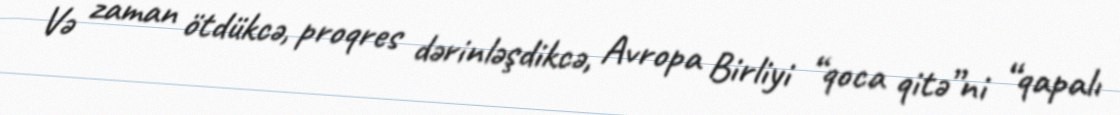
Və zaman ötdükcə, proqres dərinləşdikcə, Avropa Birliyi “qoca qitə”ni “qapalı